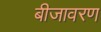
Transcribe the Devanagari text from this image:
बीजावरण